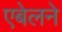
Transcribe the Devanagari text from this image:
एबेलने